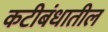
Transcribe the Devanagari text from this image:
कटीबंधातील